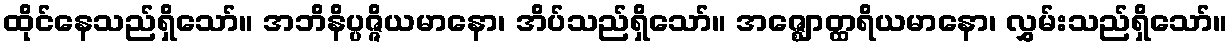
ထိုင်နေသည်ရှိသော်။ အဘိနိပ္ပဇ္ဇိယမာနော၊ အိပ်သည်ရှိသော်။ အဇ္ဈောတ္ထရိယမာနော၊ လွှမ်းသည်ရှိသော်။